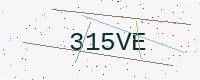
Text: 315VE